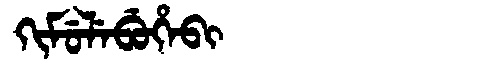
Manchu: ᡴᡳᠮᡠᠯᡝᠪᡠᡥᡝᠪᡳ
Romanization: KIMULEBUHEBI